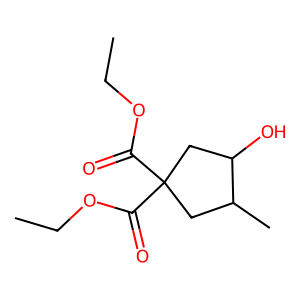
SMILES: CCOC(=O)C1(C(=O)OCC)CC(C)C(O)C1
Inhibits HIV replication: No